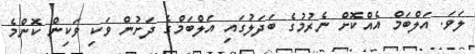
ލަވަ. އަލްބަމް އެއްކޮށް ނެރުމުގެ ބަދަލުގައި އަލްބަމްގެ ދަށުން ވަކި ވަކިން ކޮންމެ